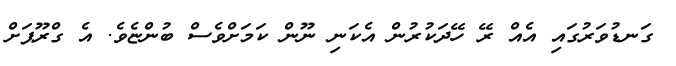
ގަނޑުވަރުގައި އެއް ރޭ ހޭދަކުރުން އެކަނި ނޫން ކަމަށްވެސް ބުންޏެވެ. އެ ގްރޫޕަށް